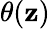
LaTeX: \theta(\mathbf{z})